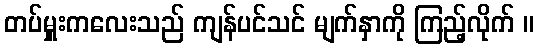
တပ်မှူးကလေးသည် ကျန်ပင်သင် မျက်နှာကို ကြည့်လိုက် ။